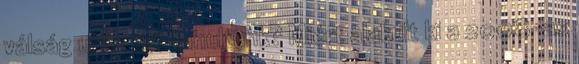
válság után mit tanultunk? Miért alakult ki a 2008-as